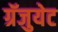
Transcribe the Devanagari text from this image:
ग्रॅजुयेट